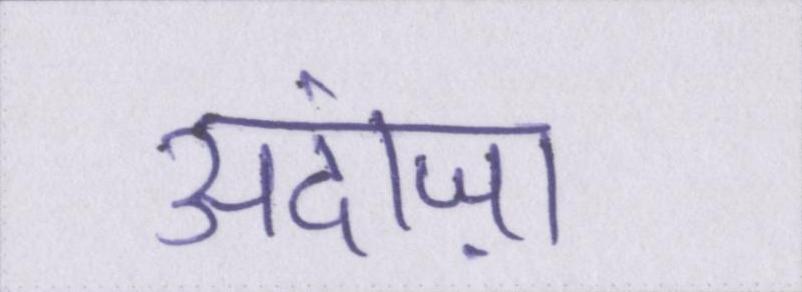
अंदाज़ा